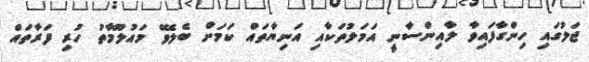
ޖަލުގައި ހިންގާފައިވާ ލާއިންސާނީ އަމަލުތަކާއި އަނިޔާތައް ކަމަށް ބެލެވޭ މައުލޫމާތު ހުރި ފަރާތައް